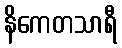
နိကေတသာရီ